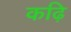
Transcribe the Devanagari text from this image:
कढ़ि